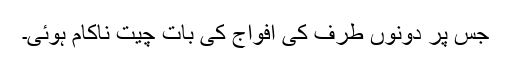
جس پر دونوں طرف کی افواج کی بات چیت ناکام ہوئی۔